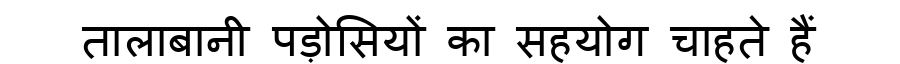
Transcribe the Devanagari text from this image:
तालाबानी पड़ोसियों का सहयोग चाहते हैं